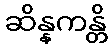
ဆိန္နကန္တိ